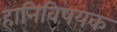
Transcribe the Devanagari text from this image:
हानिविषयक